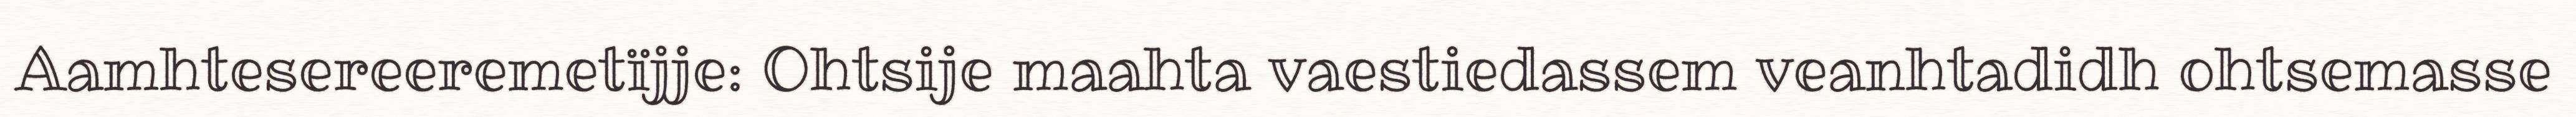
Aamhtesereeremetïjje: Ohtsije maahta vaestiedassem veanhtadidh ohtsemasse